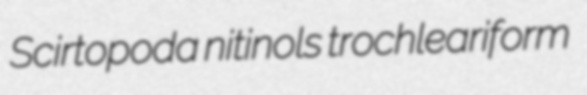
Scirtopoda nitinols trochleariform